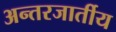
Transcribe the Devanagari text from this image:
अन्तरजार्तीय